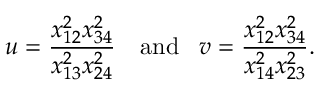
u = \frac { x _ { 1 2 } ^ { 2 } x _ { 3 4 } ^ { 2 } } { x _ { 1 3 } ^ { 2 } x _ { 2 4 } ^ { 2 } } \, \, \, \, \, \, \mathrm { a n d } \, \, \, \, \, v = \frac { x _ { 1 2 } ^ { 2 } x _ { 3 4 } ^ { 2 } } { x _ { 1 4 } ^ { 2 } x _ { 2 3 } ^ { 2 } } .